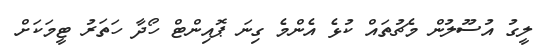
ލީގު އުސޫލުން މެޗުތައް ކުޅެ އެންމެ ގިނަ ޕޮއިންޓް ހޯދާ ހަތަރު ޓީމަކަށް